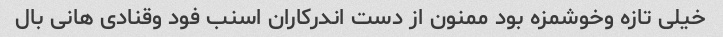
خیلی تازه وخوشمزه بود ممنون از دست اندرکاران اسنب فود وقنادی هانی بال